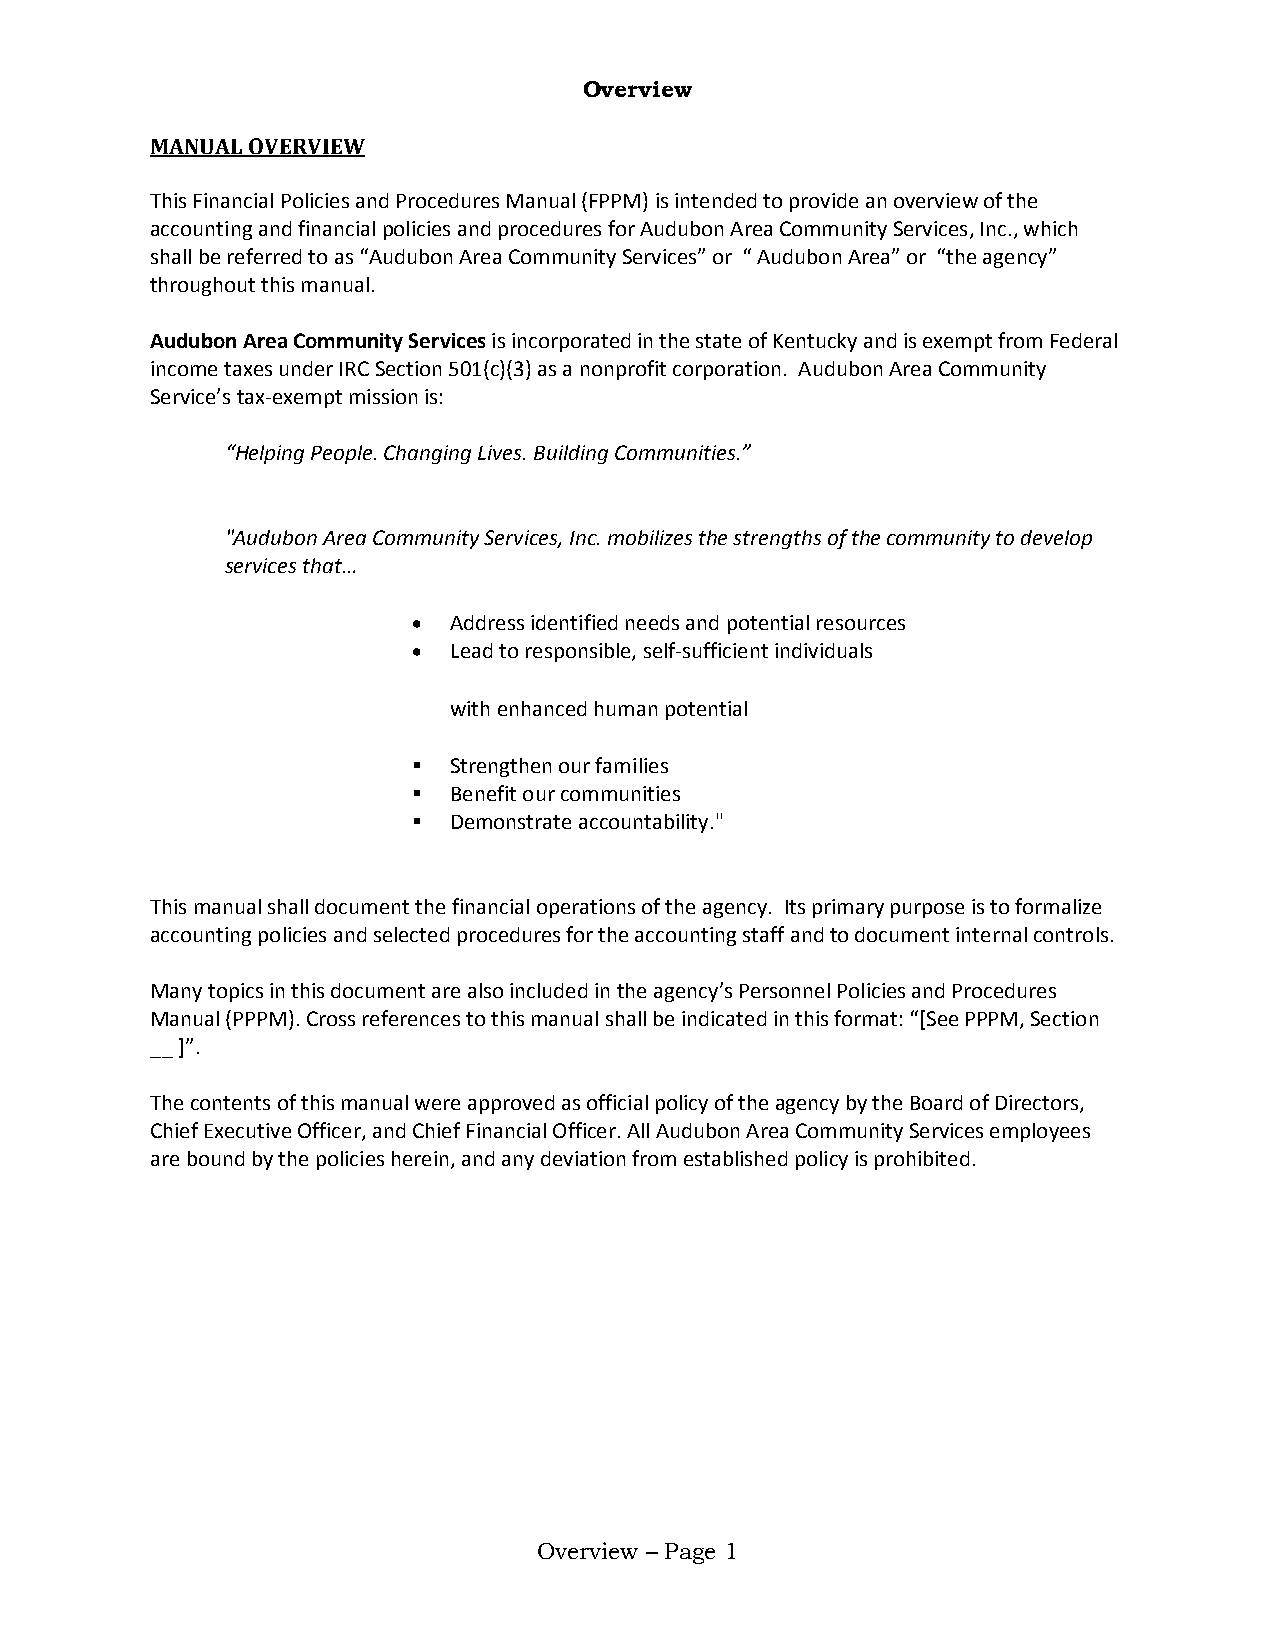
Overview
 MANUAL OVERVIEW
 This Financial Policies and Procedures Manual (FPPM) is intended to provide an overview of the
 accounting and financial policies and procedures for Audubon Area Community Services, Inc., which
 shall be referred to as “Audubon Area Community Services” or “ Audubon Area” or “the agency”
 throughout this manual.
 Audubon Area Community Services is incorporated in the state of Kentucky and is exempt from Federal
 income taxes under IRC Section 501(c)(3) as a nonprofit corporation. Audubon Area Community
 Service’s tax-exempt mission is:
 “Helping People. Changing Lives. Building Communities.”
 "Audubon Area Community Services, Inc. mobilizes the strengths of the community to develop
 services that…
 •  Address identified needs and potential resources
 •  Lead to responsible, self-sufficient individuals
 with enhanced human potential
   Strengthen our families
   Benefit our communities
   Demonstrate accountability."
 This manual shall document the financial operations of the agency. Its primary purpose is to formalize
 accounting policies and selected procedures for the accounting staff and to document internal controls.
 Many topics in this document are also included in the agency’s Personnel Policies and Procedures
 Manual (PPPM). Cross references to this manual shall be indicated in this format: “[See PPPM, Section
 __ ]”.
 The contents of this manual were approved as official policy of the agency by the Board of Directors,
 Chief Executive Officer, and Chief Financial Officer. All Audubon Area Community Services employees
 are bound by the policies herein, and any deviation from established policy is prohibited.
 Overview – Page 1